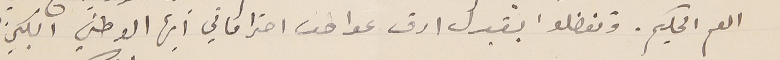
العم الحكيم. وتفضلوا بقبول ارق عواطف احتراماتي أيها الوطني الكبير.